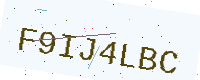
Text: F9IJ4LBC